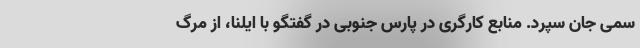
سمی جان سپرد. منابع کارگری در پارس جنوبی در گفتگو با ایلنا، از مرگ